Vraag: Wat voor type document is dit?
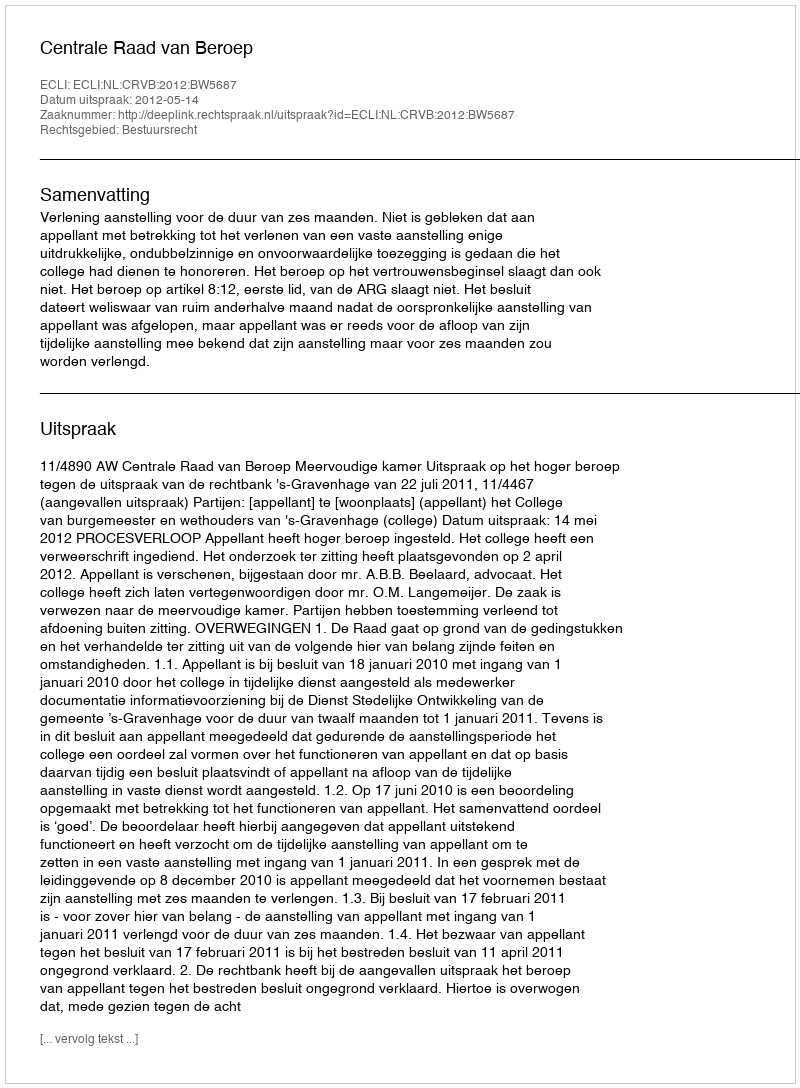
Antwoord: Uitspraak